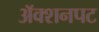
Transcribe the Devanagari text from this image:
अॅक्शनपट